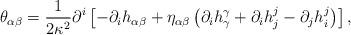
LaTeX: \begin{align*}\theta_{\alpha\beta} = {1\over2\kappa^2} {\partial^i} \left[-{\partial_i}{h_{\alpha\beta}}+ {\eta_{\alpha\beta}} \left({\partial_i}{h^\gamma_\gamma} + {\partial_i}{h^j_j} -{\partial_j}{h^j_i}\right)\right],\end{align*}